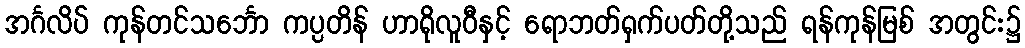
အင်္ဂလိပ် ကုန်တင်သင်္ဘော ကပ္ပတိန် ဟာရိုလူဝီနှင့် ရောဘတ်ရှက်ပတ်တို့သည် ရန်ကုန်မြစ် အတွင်း၌